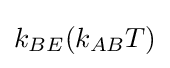
k_{BE}(k_{AB}T)